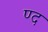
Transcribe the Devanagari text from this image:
ण्द